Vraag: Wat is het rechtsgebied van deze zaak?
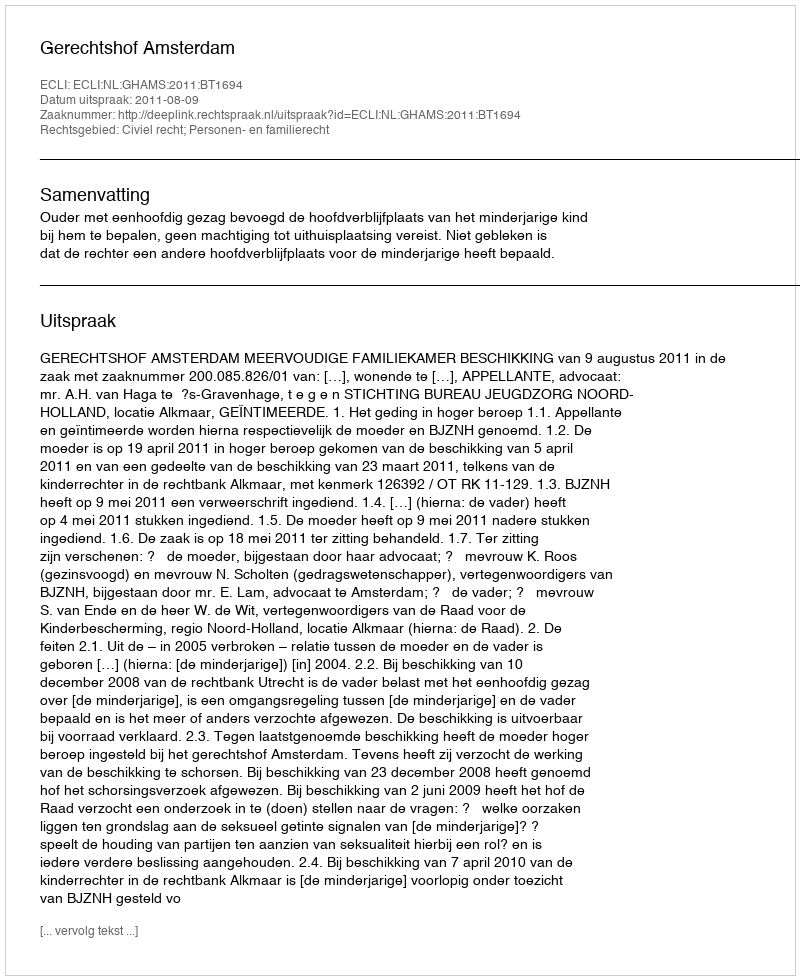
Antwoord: Civiel recht; Personen- en familierecht